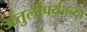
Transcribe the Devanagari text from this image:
अंतुर्लीपर्यंतच्या